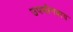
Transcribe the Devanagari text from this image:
उपभोगवाद